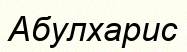
Абулхарис